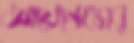
আয়েনেস্কোর